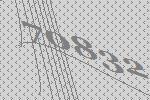
70832